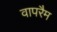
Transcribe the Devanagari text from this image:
वापरैम